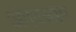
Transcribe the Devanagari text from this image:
अंगवस्त्रम